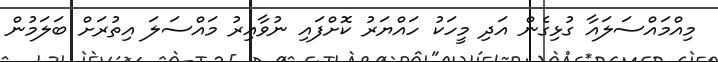
މިއްމައްސަލައާ ގުޅިގެން އަދި މީހަކު ހައްޔަރު ކޮށްފައި ނުވާއިރު މައްސަލަ އިތުރަށް ބަލަމުން